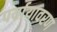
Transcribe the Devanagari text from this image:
पर्यायावरण